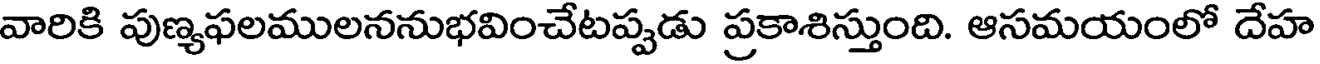
వారికి పుణ్యఫలములననుభవించేటప్పడు ప్రకాశిస్తుంది. ఆసమయంలో దేహ